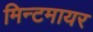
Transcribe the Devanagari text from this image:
मिन्टमायर